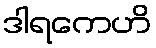
ဒါရကေဟိ